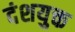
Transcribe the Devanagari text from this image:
दंशयुक्त